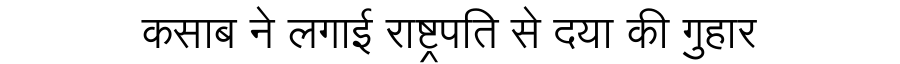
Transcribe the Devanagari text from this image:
कसाब ने लगाई राष्ट्रपति से दया की गुहार